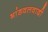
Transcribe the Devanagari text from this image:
भांडवलवादी